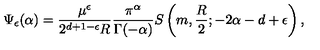
\Psi _ { \epsilon } ( \alpha ) = \frac { \mu ^ { \epsilon } } { 2 ^ { d + 1 - \epsilon } R } \frac { \pi ^ { \alpha } } { \Gamma ( - \alpha ) } S \left( m , \frac { R } { 2 } ; - 2 \alpha - d + \epsilon \right) ,